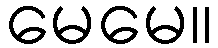
မေမေ။